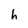
Character: h